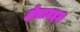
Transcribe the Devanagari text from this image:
क्षेत्राबद्दल